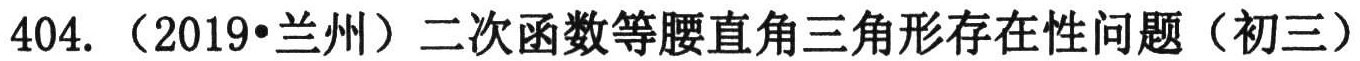
404. （2019•兰州）二次函数等腰直角三角形存在性问题（初三）